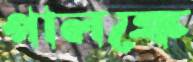
পালঙ্কে